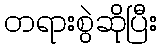
တရားစွဲဆိုပြီး